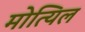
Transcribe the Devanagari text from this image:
मोत्यिल